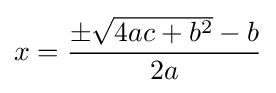
x={\frac {\pm {\sqrt {4ac+b^{2}}}-b}{2a}}